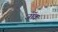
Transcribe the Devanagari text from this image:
जाॅक